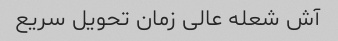
آش شعله عالی زمان تحویل سریع